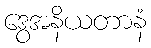
ဒွေအနိယတာနံ